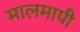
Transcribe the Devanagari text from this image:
मालमापी